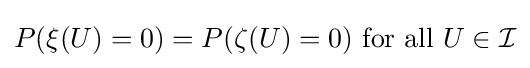
P(\xi (U)=0)=P(\zeta (U)=0){\text{ for all }}U\in {\mathcal {I}}